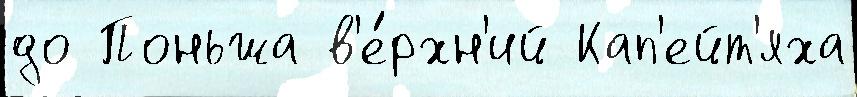
до Поньжа в'е́рхн'ий Кап'ейт'яха